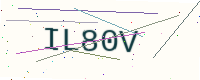
Text: IL80V